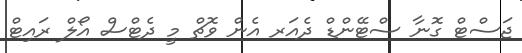
ޖަސްޓް ގޮނާ ސްޓޭންޑް ދެއަރ އެން ވޮޗް މީ ދެޓްސް އޯލް ރައިޓް